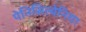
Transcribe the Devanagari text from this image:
पेनिसिल्‍वेनिया